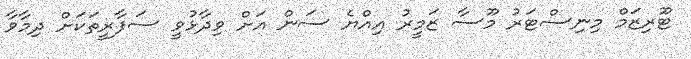
ޓޫރިޒަމް މިނިސްޓަރު މޫސާ ޒަމީރު އިއްޔެ ސަން އަށް ވިދާޅުވީ ސަފާރީތަކަށް ދިމާވާ